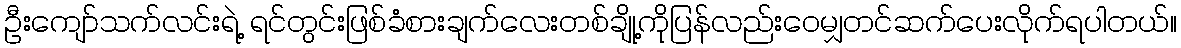
ဦးကျော်သက်လင်းရဲ့ ရင်တွင်းဖြစ်ခံစားချက်လေးတစ်ချို့ကိုပြန်လည်းဝေမျှတင်ဆက်ပေးလိုက်ရပါတယ်။